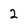
Character: 2